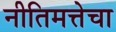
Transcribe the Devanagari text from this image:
नीतिमत्तेचा